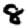
Digit: 8